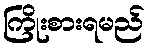
ကြိုးစားရမည်